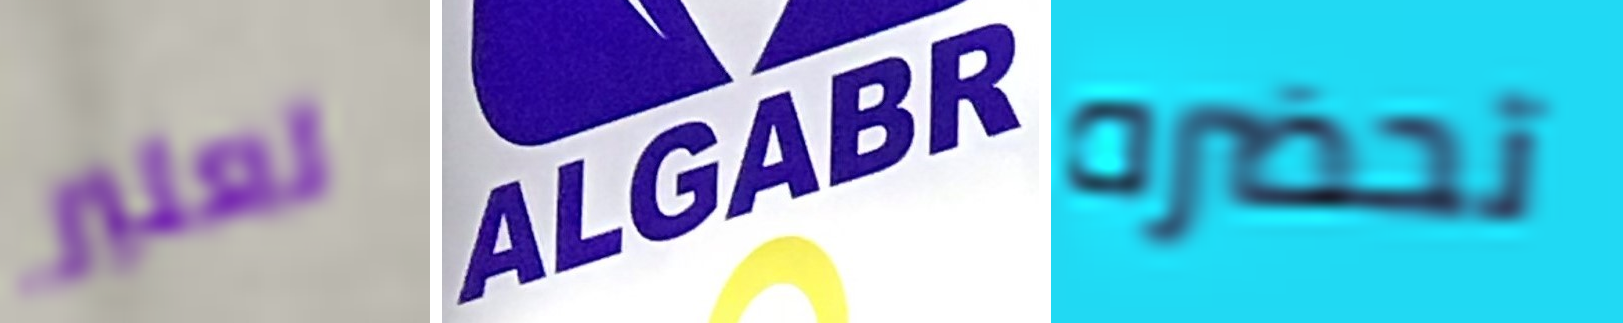
تعتبر ALGABR تحضره